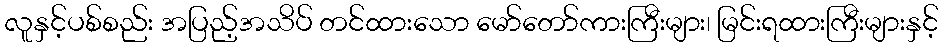
လူနှင့်ပစ်စည်း အပြည့်အသိပ် တင်ထားသော မော်တော်ကားကြီးများ၊ မြင်းရထားကြီးများနှင့်